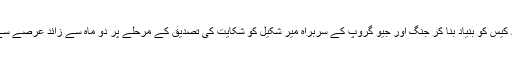
دوسری طرف ایک 34 سالہ کیس کو بنیاد بنا کر جنگ اور جیو گروپ کے سربراہ میر شکیل کو شکایت کی تصدیق کے مرحلے پر دو ماہ سے زائد عرصے سے حراست میں رکھا ہوا ہے۔